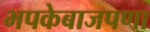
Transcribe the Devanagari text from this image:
भपकेबाजपणा